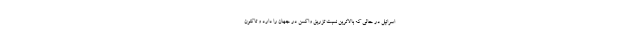
اسرائیل در حالی که بالاترین نسبت تزریق واکسن در جهان را دارد و تاکنون